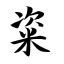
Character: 粢